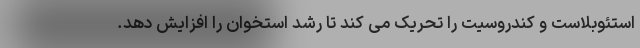
استئوبلاست و کندروسیت را تحریک می کند تا رشد استخوان را افزایش دهد.